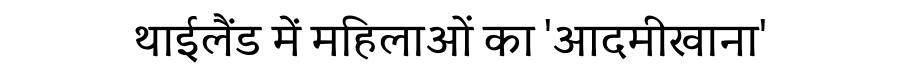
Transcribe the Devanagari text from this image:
थाईलैंड में महिलाओं का 'आदमीखाना'